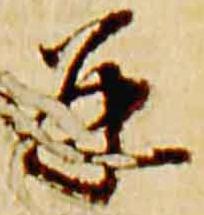
并